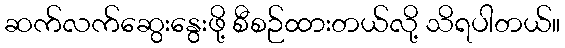
ဆက်လက်ဆွေးနွေးဖို့ စီစဉ်ထားတယ်လို့ သိရပါတယ်။